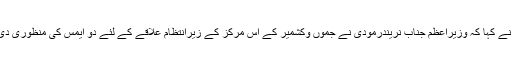
انھوں نے کہا کہ وزیراعظم جناب نریندرمودی نے جموں وکشمیر کے اس مرکز کے زیرانتظام علاقے کے لئے دو ایمس کی منظوری دی ہے ۔